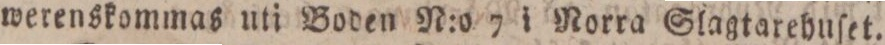
werenskommas uti Boden N:o 7 i Norra Slagtarehuſet.